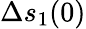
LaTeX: \Delta s_{1}(0)